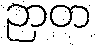
ဉာတ